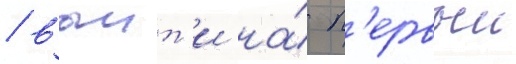
/ выит'и на́ п'ервыи